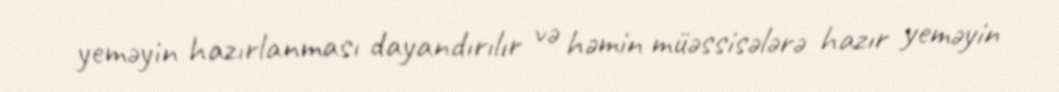
yeməyin hazırlanması dayandırılır və həmin müəssisələrə hazır yeməyin